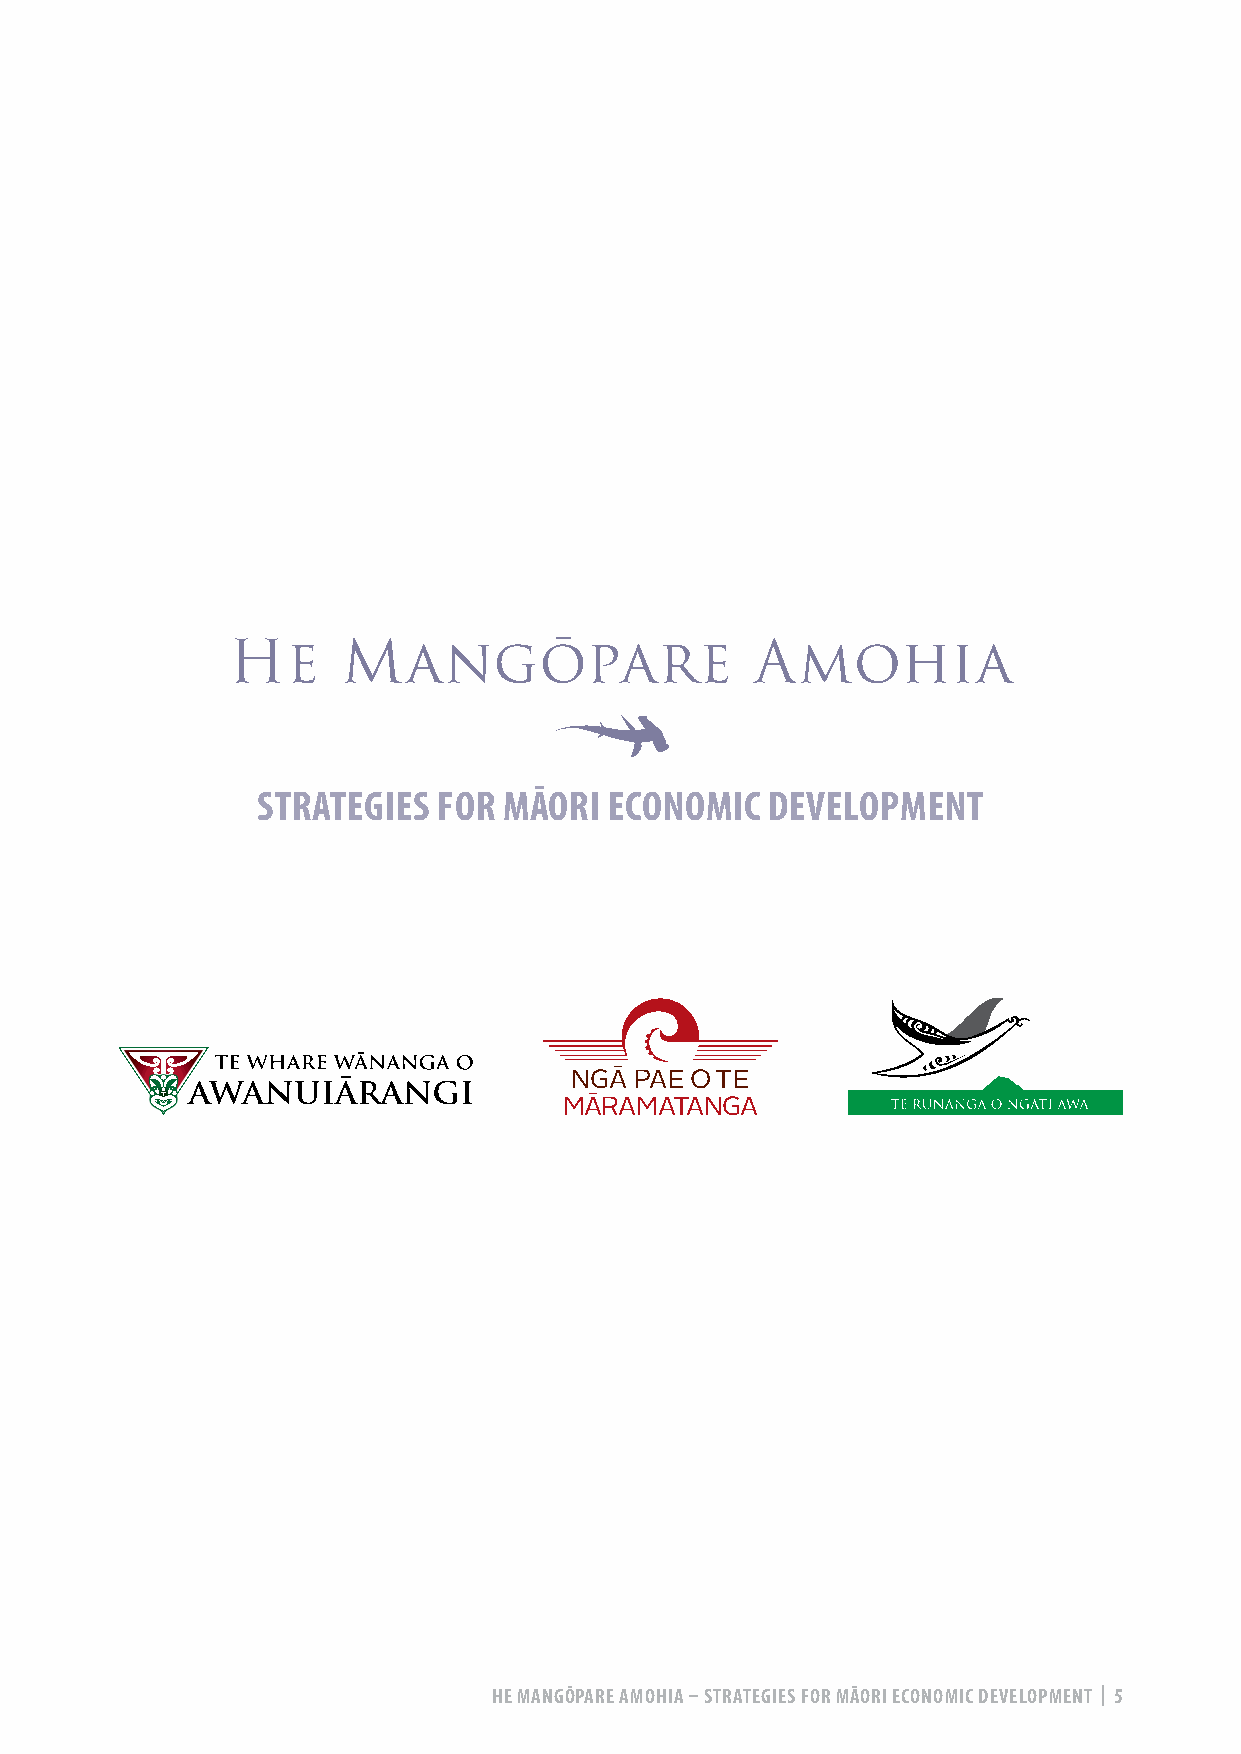
He      Mangōpare                  Amohia
 STRATEGIES  FOR MĀORI  ECONOMIC   DEVELOPMENT
 NGĀ PAE O TE
 MĀRAMATANGA
 HE MANGŌPARE AMOHIA – STRATEGIES FOR MĀORI ECONOMIC DEVELOPMENT | 5